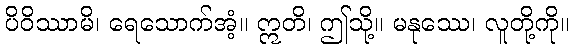
ပိဝိဿာမိ၊ ရေသောက်အံ့။ ဣတိ၊ ဤသို့။ မနုဿေ၊ လူတို့ကို။